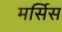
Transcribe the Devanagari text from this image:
मर्सिस